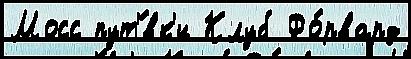
Мосс пут'́вк'и Клуб Фо́рвард